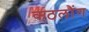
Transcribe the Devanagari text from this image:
कठलौंग